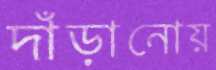
দাঁড়ানোয়